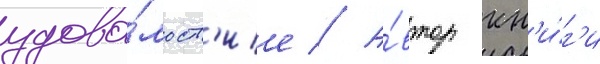
удово́льств'ие // А́втор кн'и́г'и